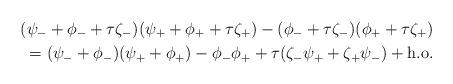
LaTeX: \begin{align*}(\psi_- + \phi_-+\tau\zeta_-)(\psi_+ + \phi_+ + \tau\zeta_+)-(\phi_-+\tau\zeta_-)(\phi_+ +\tau\zeta_+)\\= (\psi_-+\phi_-)(\psi_+ + \phi_+) -\phi_-\phi_+ + \tau(\zeta_-\psi_+ + \zeta_+\psi_-) +\mbox{h.o.}\end{align*}